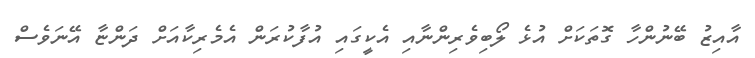
އާއިޒު ބޭނުންހާ ގޮތަކަށް އުޅެ ލޯބިވެރިންނާއި އެކީގައި އުފާކުރަން އެމެރިކާއަށް ދަންޏާ އޭނަވެސް